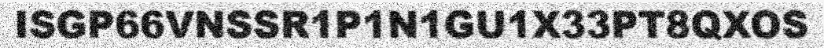
ISGP66VNSSR1P1N1GU1X33PT8QXOS